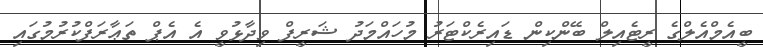
ބީއެމްއެލްގެ ރީޓެއިލް ބޭންކިން ޑައިރެކްޓަރު މުހައްމަދު ޝަރީފް ވިދާޅުވީ އެ އެޕް ތަޢާރަފްކުރުމުގައި